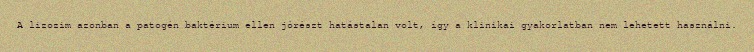
A lizozim azonban a patogén baktérium ellen jórészt hatástalan volt, így a klinikai gyakorlatban nem lehetett használni.